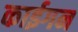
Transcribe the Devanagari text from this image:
काईगन